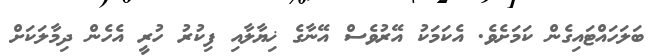
ބަލަހައްޓައިގެން ކަމަށެވެ. އެކަމަކު އޭރުވެސް އޭނާގެ ޚިޔާލާއި ފިކުރު ހުރީ އެހެން ދިމާލަކަށް